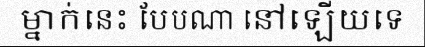
ម្នាក់នេះ បែបណា នៅឡើយទេ